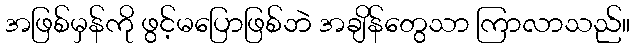
အဖြစ်မှန်ကို ဖွင့်မပြောဖြစ်ဘဲ အချိန်တွေသာ ကြာလာသည်။